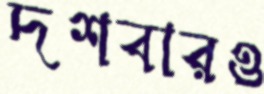
দশবারও